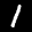
Label: 1